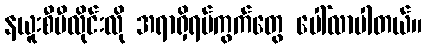
နယူးစီဗီလိုင်းလို အရာရှိရပ်ကွက်တွေ ပေါ်လာပါတယ်။